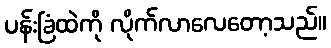
ပန်းခြံထဲကို လိုက်လာလေတော့သည်။